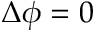
\Delta \phi = 0